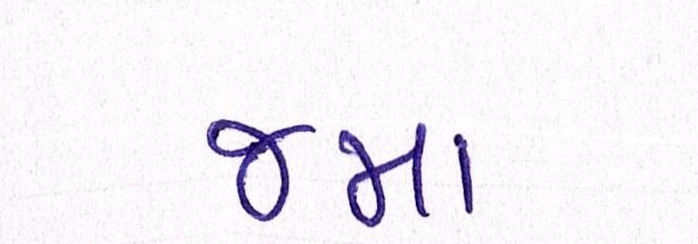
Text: જમાં